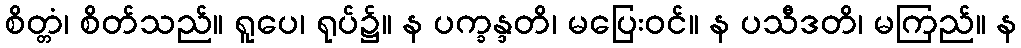
စိတ္တံ၊ စိတ်သည်။ ရူပေ၊ ရုပ်၌။ န ပက္ခန္ဒတိ၊ မပြေးဝင်။ န ပသီဒတိ၊ မကြည်။ န